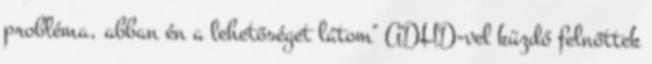
probléma, abban én a lehetőséget látom" ADHD-vel küzdő felnőttek